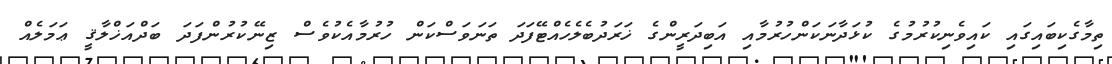
ތިމާގެކިބައިގައި ކައިވެނިކުރުމުގެ ކުޅަދާނަކަންހުރުމާއި އަބިދަރީންގެ ޚަރަދުބެލެހެއްޓޭފަދަ ތަނަވަސްކަން ހުރުމާއެކުވެސް ޒިނޭކުރުންފަދަ ބަދްއަޚްލާޤީ ޢަމަލެއް